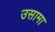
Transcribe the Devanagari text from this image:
उसामा